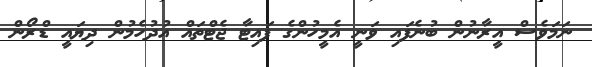
ނަމަވެސް އީރާނުން ބުނެފައި ވަނީ އެމީހުންގެ ފައިޓާ ޖެޓްތައް އުދުހެމުން ދިޔައީ ޑްރޯން